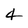
Character: 4